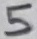
Text: 5